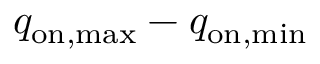
q _ { \mathrm { o n , m a x } } - q _ { \mathrm { o n , m i n } }